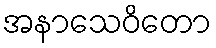
အနာသေဝိတော